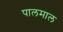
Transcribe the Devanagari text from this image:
पालमाल